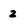
Character: 2